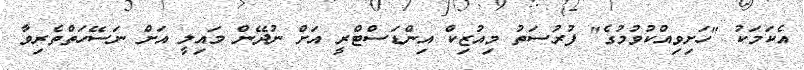
އެކަމަކު "ހަށިވިއްކުވުމުގެ" ފުރުސަތު މިއުޒިކް އިންޑަސްޓްރީ އަށް ނުދޭން މައިލީ އަށް ނަސޭހަތްތެރިވާ